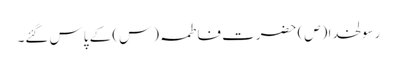
رسولخدا (ص) حضرت فاطمہ (س) کے پاس گئے۔